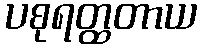
ပစုရတ္ထတာယ